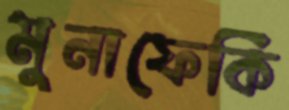
মুনাফেকি